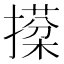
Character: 𢵙